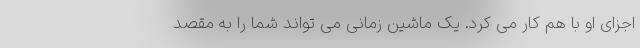
اجزای او با هم کار می کرد. یک ماشین زمانی می تواند شما را به مقصد